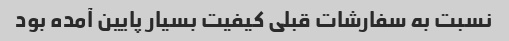
نسبت به سفارشات قبلی کیفیت بسیار پایین آمده بود